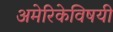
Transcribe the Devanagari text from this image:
अमेरिकेविषयी